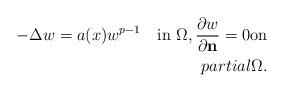
LaTeX: \begin{align*}-\Delta w = a(x)w^{p-1} \quad\mbox{in} \ \Omega, \frac{\partial w}{\partial \mathbf{n}} = 0 \mbox{on} \\partial \Omega.\end{align*}